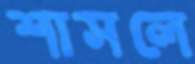
শাসলে